NAE_ERA_R-30_Eesti_Riiklik_Spordiamet, lk 27
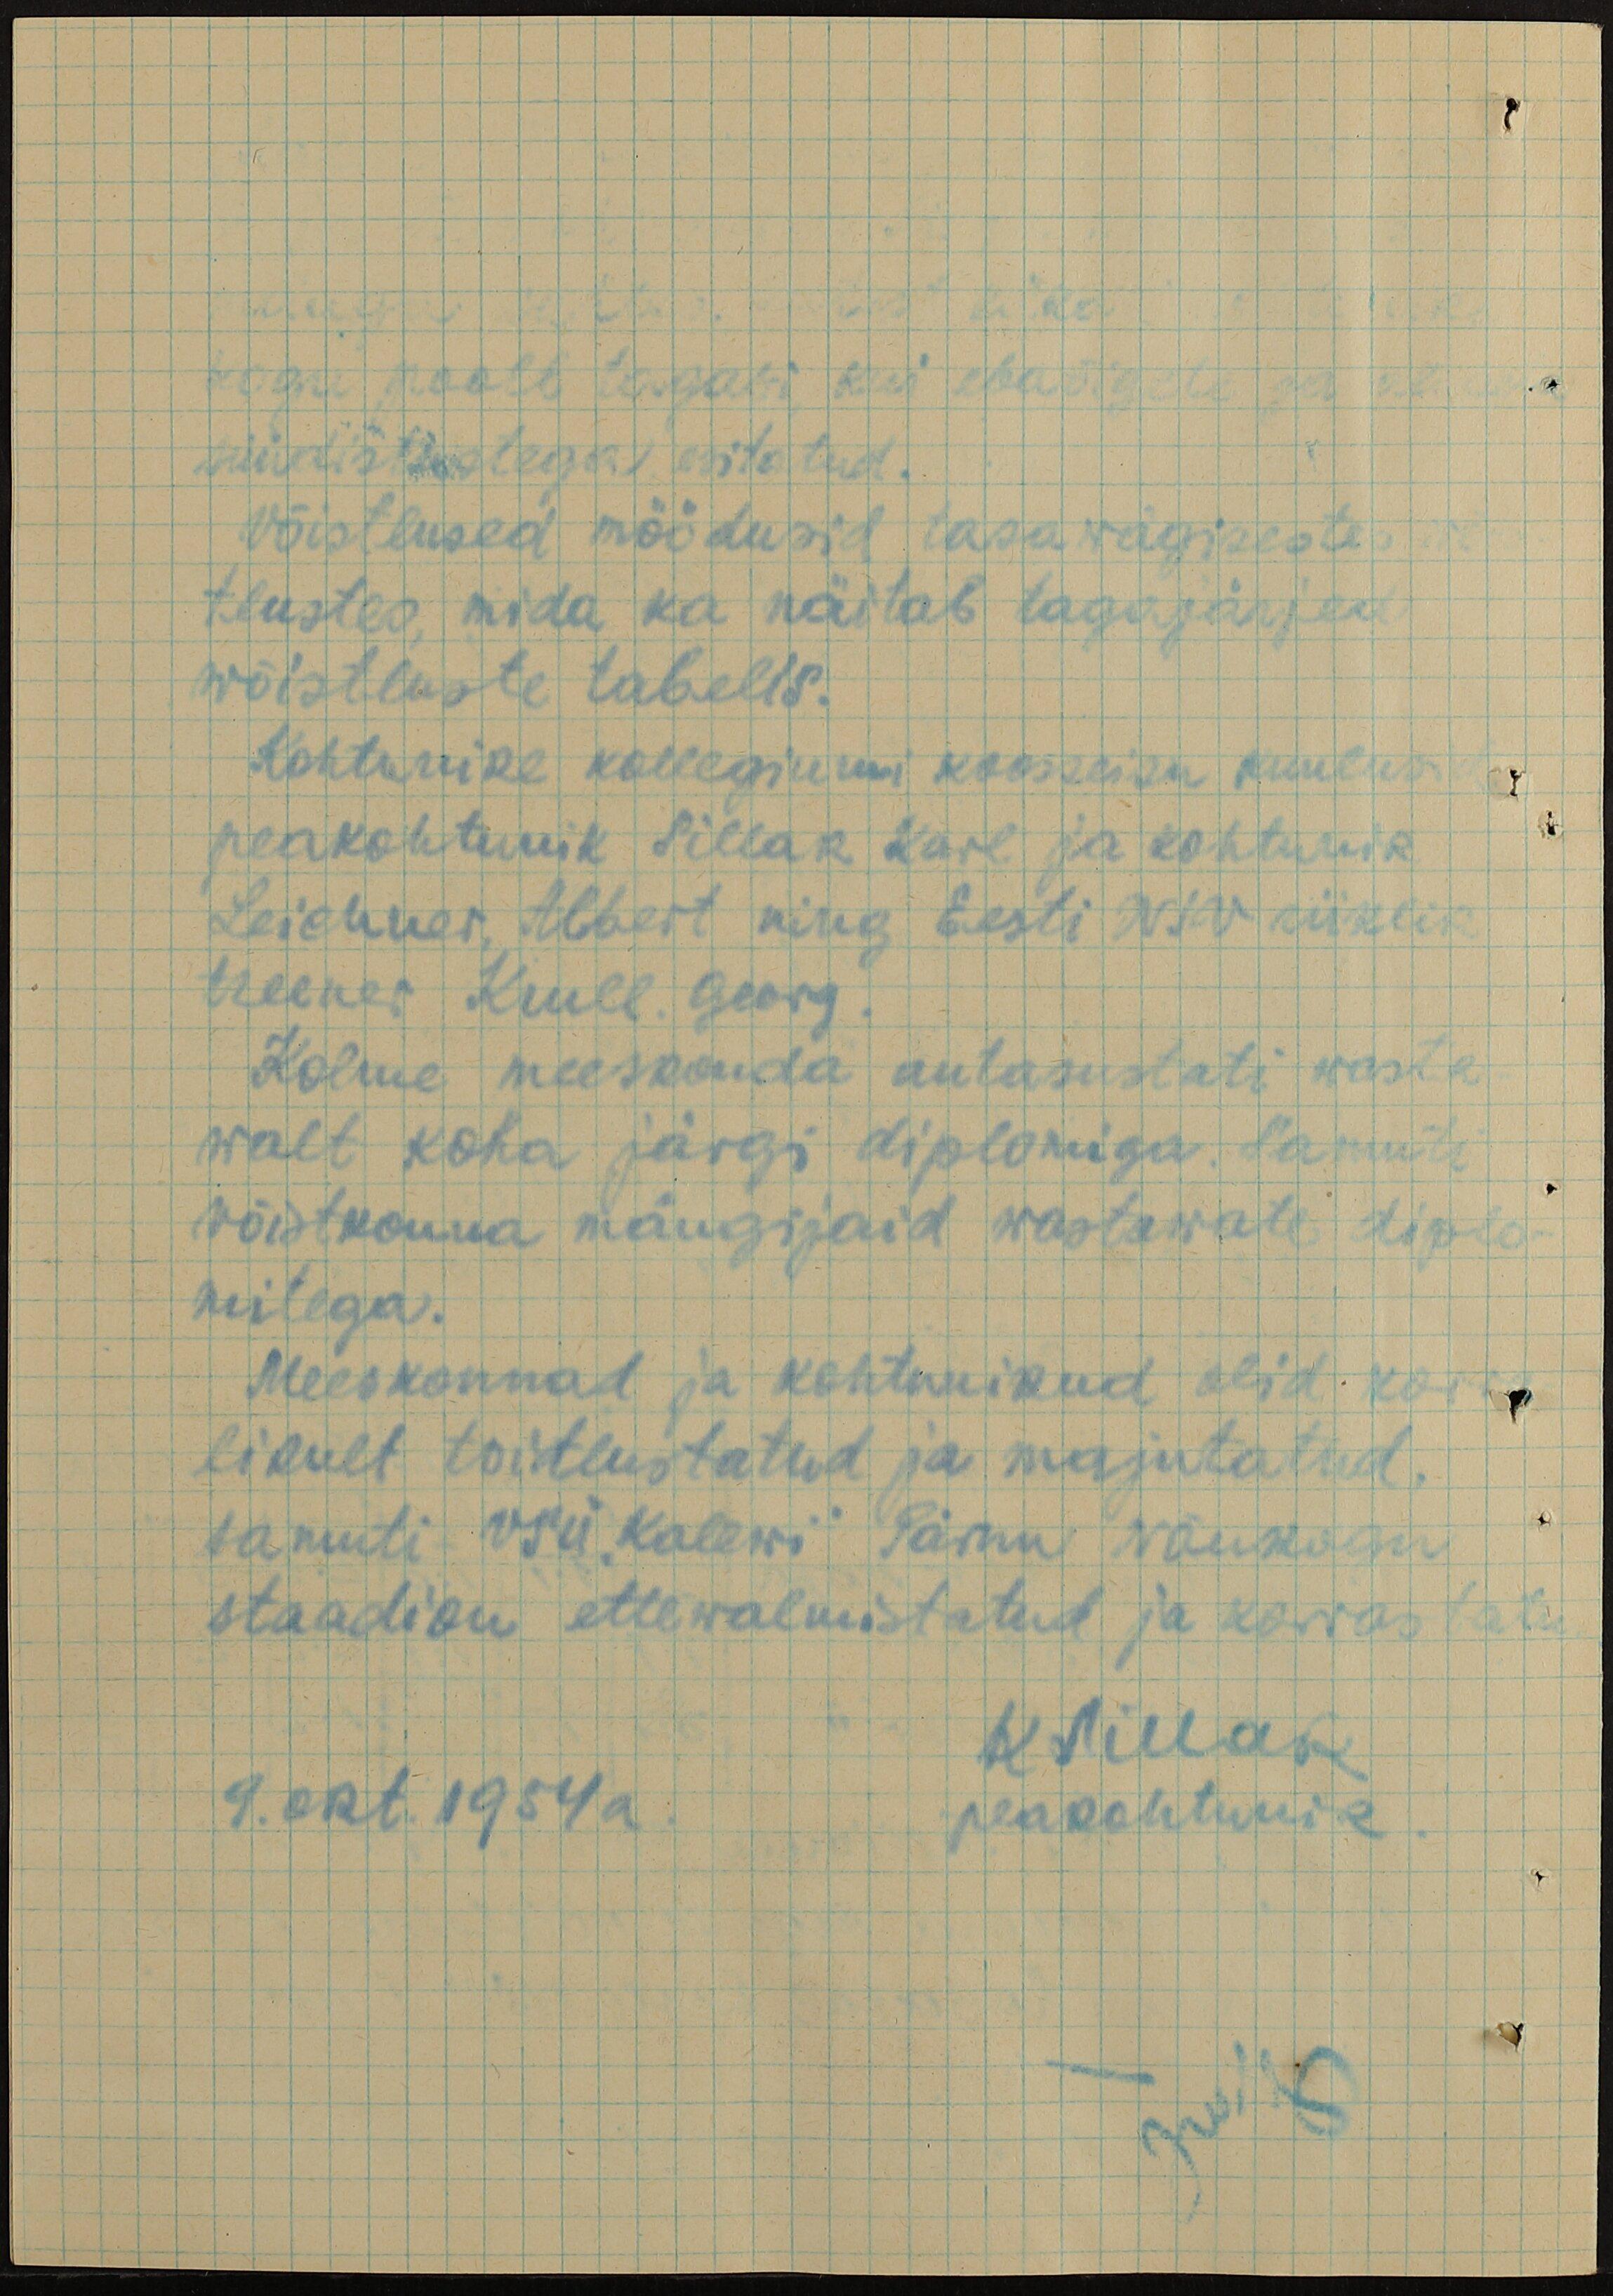
kogu poolt tagasi, kui ebaõigete ja
süüdistustega esitatud.
Võistlused möödusid tasawägisestes
tlustes, mida ka näitab tagajärjed
wõistluste tabelis.
Kohtunike kollegiumi koosseisu kuulusid
peakohtunik Sillak Karl ja kohtunik
Leichner, Albert ning Eesti NSV riiklik
treener Krull, Georg.
Kolme meeskonda autasustati wasta-
walt koha järgi diplomiga. Samuti
võistkonna mängijaid wastawate diplo-
mitega.
Meeskonnad ja kohtunikud olid korra
likult toitlustatud ja majutatud,
samuti VSÜ "Kalewi" Pärnu Nõukogu
staadion ettewalmistatud ja korrastatu
KSillak
9.okt.1954a.
peakohtunik